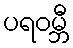
ပရဝမ္ဘီ